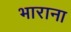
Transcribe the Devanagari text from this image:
भाराना